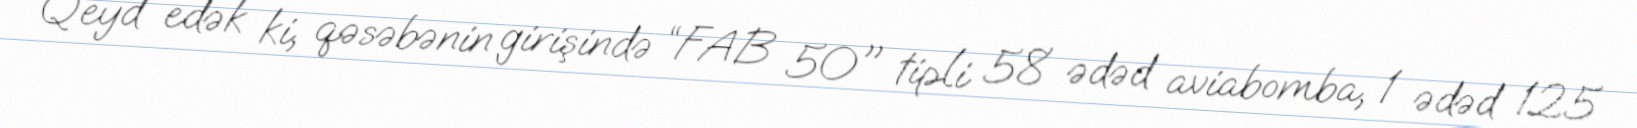
Qeyd edək ki, qəsəbənin girişində “FAB 50" tipli 58 ədəd aviabomba, 1 ədəd 125